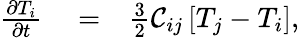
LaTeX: \begin{array}{rlr}{\frac{\partial T_{i}}{\partial t}}&{{}=}&{\frac{3}{2}\mathcal{C}_{ij}\left[T_{j}-T_{i}\right],}\end{array}